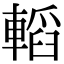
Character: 轁